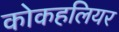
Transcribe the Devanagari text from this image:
कोकहलियर